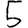
Digit: 5